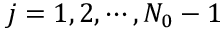
j = 1 , 2 , \cdots , N _ { 0 } - 1